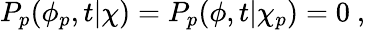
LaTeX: P_{p}(\phi_{p},t|\chi)=P_{p}(\phi,t|\chi_{p})=0\ ,